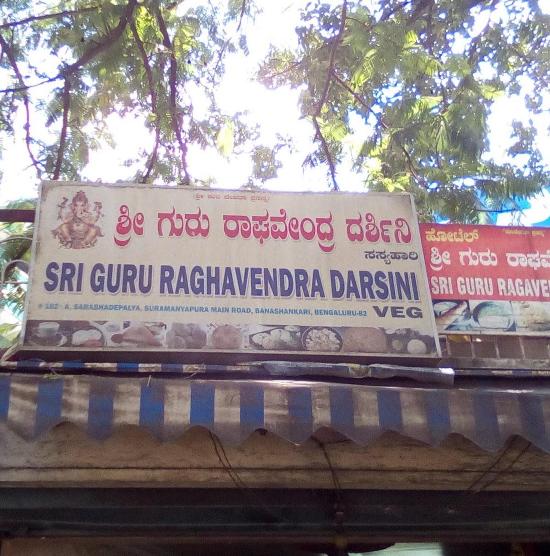
Language: kannada
Transcription: ಶ್ರೀ ಗುರು ರಾಘವೇಂದ್ರ ದರ್ಶಿನಿ ಗುರು